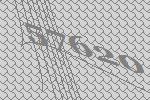
57620